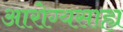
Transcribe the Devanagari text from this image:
आरोग्यसाह्य